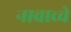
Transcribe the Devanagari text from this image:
नावाच्चे